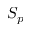
S _ { p }